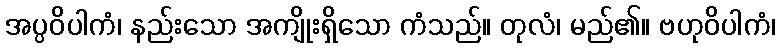
အပ္ပဝိပါကံ၊ နည်းသော အကျိုးရှိသော ကံသည်။ တုလံ၊ မည်၏။ ဗဟုဝိပါကံ၊